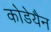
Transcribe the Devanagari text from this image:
कोडेयैन